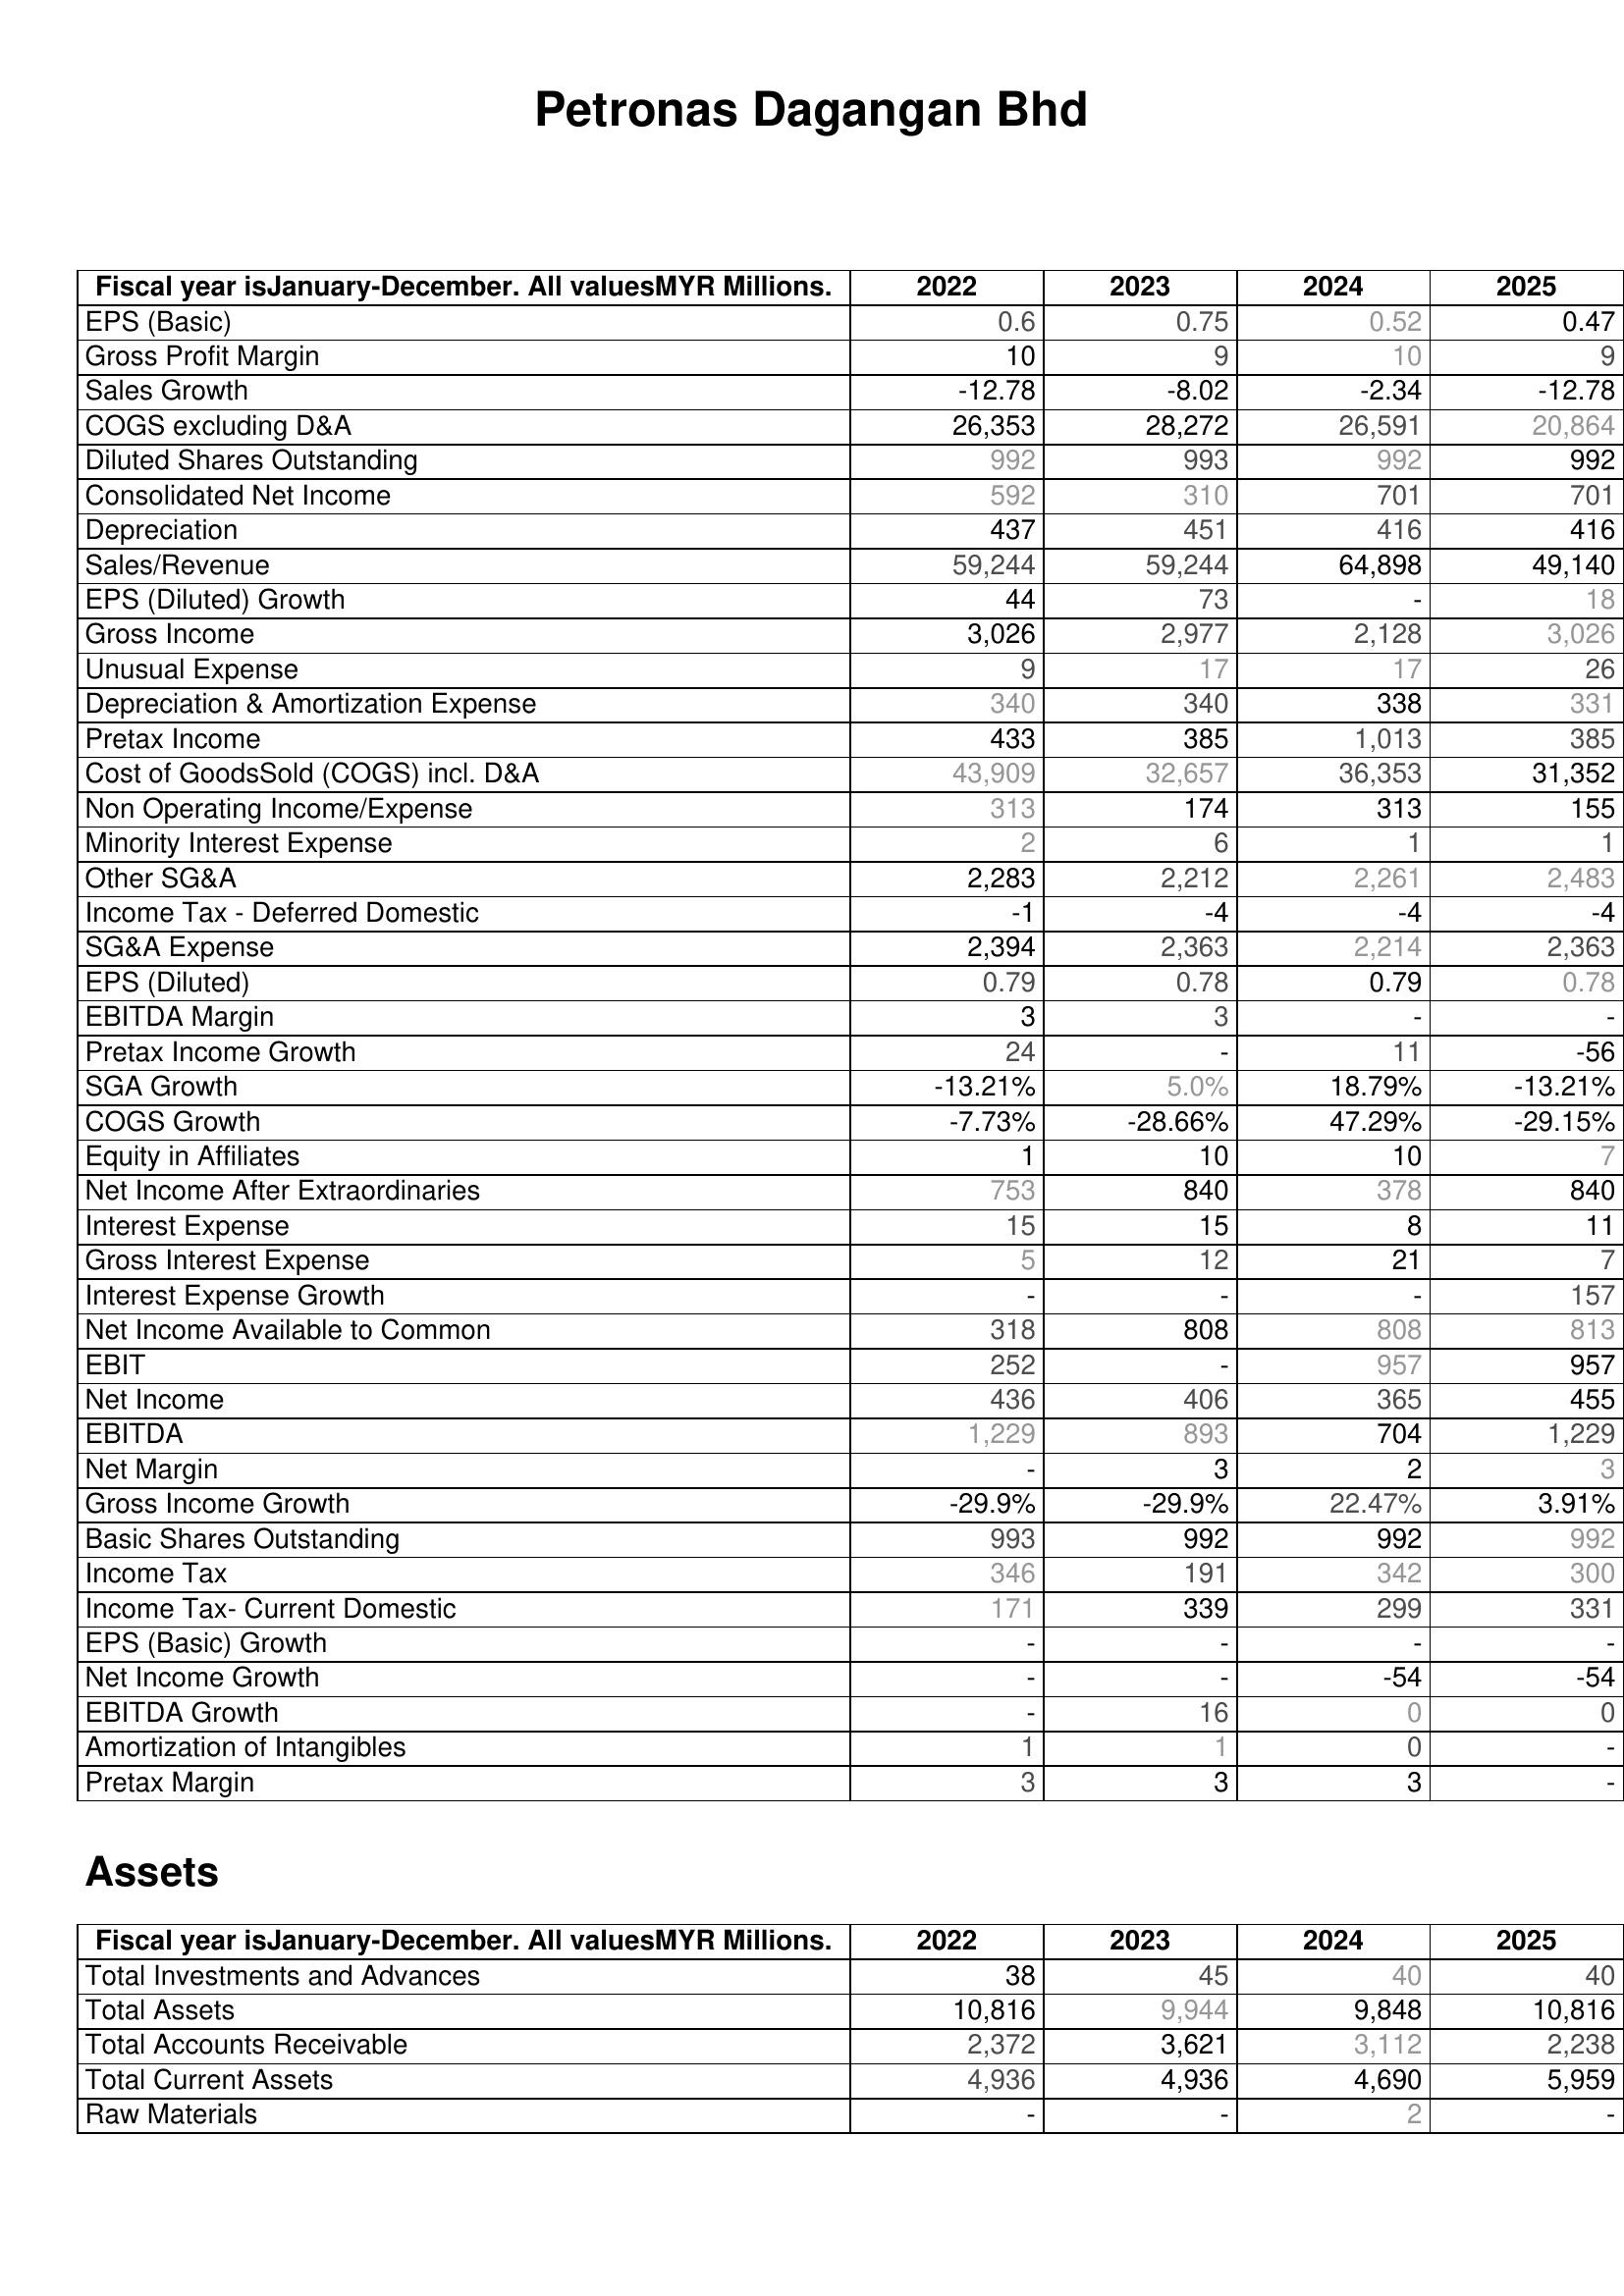
2022: : EPS (Basic): 0.6
Gross Profit Margin: 10
Sales Growth: -12.78
COGS excluding D&A: 26,353
Diluted Shares Outstanding: 992
Consolidated Net Income: 592
Depreciation: 437
Sales/Revenue: 59,244
EPS (Diluted) Growth: 44
Gross Income: 3,026
Unusual Expense: 9
Depreciation & Amortization Expense: 340
Pretax Income: 433
Cost of GoodsSold (COGS) incl. D&A: 43,909
Non Operating Income/Expense: 313
Minority Interest Expense: 2
Other SG&A: 2,283
Income Tax - Deferred Domestic: -1
SG&A Expense: 2,394
EPS (Diluted): 0.79
EBITDA Margin: 3
Pretax Income Growth: 24
SGA Growth: -13.21%
COGS Growth: -7.73%
Equity in Affiliates: 1
Net Income After Extraordinaries: 753
Interest Expense: 15
Gross Interest Expense: 5
Interest Expense Growth: -
Net Income Available to Common: 318
EBIT: 252
Net Income: 436
EBITDA: 1,229
Net Margin: -
Gross Income Growth: -29.9%
Basic Shares Outstanding: 993
Income Tax: 346
Income Tax- Current Domestic: 171
EPS (Basic) Growth: -
Net Income Growth: -
EBITDA Growth: -
Amortization of Intangibles: 1
Pretax Margin: 3
Assets: Total Investments and Advances: 38
Total Assets: 10,816
Total Accounts Receivable: 2,372
Total Current Assets: 4,936
Raw Materials: -
2023: : EPS (Basic): 0.75
Gross Profit Margin: 9
Sales Growth: -8.02
COGS excluding D&A: 28,272
Diluted Shares Outstanding: 993
Consolidated Net Income: 310
Depreciation: 451
Sales/Revenue: 59,244
EPS (Diluted) Growth: 73
Gross Income: 2,977
Unusual Expense: 17
Depreciation & Amortization Expense: 340
Pretax Income: 385
Cost of GoodsSold (COGS) incl. D&A: 32,657
Non Operating Income/Expense: 174
Minority Interest Expense: 6
Other SG&A: 2,212
Income Tax - Deferred Domestic: -4
SG&A Expense: 2,363
EPS (Diluted): 0.78
EBITDA Margin: 3
Pretax Income Growth: -
SGA Growth: 5.0%
COGS Growth: -28.66%
Equity in Affiliates: 10
Net Income After Extraordinaries: 840
Interest Expense: 15
Gross Interest Expense: 12
Interest Expense Growth: -
Net Income Available to Common: 808
EBIT: -
Net Income: 406
EBITDA: 893
Net Margin: 3
Gross Income Growth: -29.9%
Basic Shares Outstanding: 992
Income Tax: 191
Income Tax- Current Domestic: 339
EPS (Basic) Growth: -
Net Income Growth: -
EBITDA Growth: 16
Amortization of Intangibles: 1
Pretax Margin: 3
Assets: Total Investments and Advances: 45
Total Assets: 9,944
Total Accounts Receivable: 3,621
Total Current Assets: 4,936
Raw Materials: -
2024: : EPS (Basic): 0.52
Gross Profit Margin: 10
Sales Growth: -2.34
COGS excluding D&A: 26,591
Diluted Shares Outstanding: 992
Consolidated Net Income: 701
Depreciation: 416
Sales/Revenue: 64,898
EPS (Diluted) Growth: -
Gross Income: 2,128
Unusual Expense: 17
Depreciation & Amortization Expense: 338
Pretax Income: 1,013
Cost of GoodsSold (COGS) incl. D&A: 36,353
Non Operating Income/Expense: 313
Minority Interest Expense: 1
Other SG&A: 2,261
Income Tax - Deferred Domestic: -4
SG&A Expense: 2,214
EPS (Diluted): 0.79
EBITDA Margin: -
Pretax Income Growth: 11
SGA Growth: 18.79%
COGS Growth: 47.29%
Equity in Affiliates: 10
Net Income After Extraordinaries: 378
Interest Expense: 8
Gross Interest Expense: 21
Interest Expense Growth: -
Net Income Available to Common: 808
EBIT: 957
Net Income: 365
EBITDA: 704
Net Margin: 2
Gross Income Growth: 22.47%
Basic Shares Outstanding: 992
Income Tax: 342
Income Tax- Current Domestic: 299
EPS (Basic) Growth: -
Net Income Growth: -54
EBITDA Growth: 0
Amortization of Intangibles: 0
Pretax Margin: 3
Assets: Total Investments and Advances: 40
Total Assets: 9,848
Total Accounts Receivable: 3,112
Total Current Assets: 4,690
Raw Materials: 2
2025: : EPS (Basic): 0.47
Gross Profit Margin: 9
Sales Growth: -12.78
COGS excluding D&A: 20,864
Diluted Shares Outstanding: 992
Consolidated Net Income: 701
Depreciation: 416
Sales/Revenue: 49,140
EPS (Diluted) Growth: 18
Gross Income: 3,026
Unusual Expense: 26
Depreciation & Amortization Expense: 331
Pretax Income: 385
Cost of GoodsSold (COGS) incl. D&A: 31,352
Non Operating Income/Expense: 155
Minority Interest Expense: 1
Other SG&A: 2,483
Income Tax - Deferred Domestic: -4
SG&A Expense: 2,363
EPS (Diluted): 0.78
EBITDA Margin: -
Pretax Income Growth: -56
SGA Growth: -13.21%
COGS Growth: -29.15%
Equity in Affiliates: 7
Net Income After Extraordinaries: 840
Interest Expense: 11
Gross Interest Expense: 7
Interest Expense Growth: 157
Net Income Available to Common: 813
EBIT: 957
Net Income: 455
EBITDA: 1,229
Net Margin: 3
Gross Income Growth: 3.91%
Basic Shares Outstanding: 992
Income Tax: 300
Income Tax- Current Domestic: 331
EPS (Basic) Growth: -
Net Income Growth: -54
EBITDA Growth: 0
Amortization of Intangibles: -
Pretax Margin: -
Assets: Total Investments and Advances: 40
Total Assets: 10,816
Total Accounts Receivable: 2,238
Total Current Assets: 5,959
Raw Materials: -